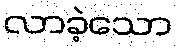
လာခဲ့သော